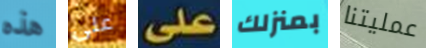
هذه على على بمنزلك عمليتنا